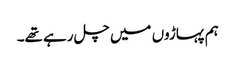
ہم پہاڑوں میں چل رہے تھے۔